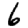
Digit: 6